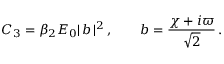
{ C } _ { 3 } = { \beta _ { 2 } { \cal E } _ { 0 } } | \, b \, | ^ { 2 } \, , \qquad b = \frac { \chi + i \varpi } { \sqrt { 2 } } \, .